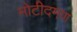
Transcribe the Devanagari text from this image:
मोटीदमण